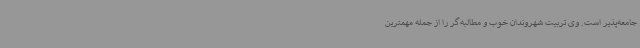
جامعه‌پذیر است. وی تربیت شهروندان خوب و مطالبه‌گر را از جمله مهمترین